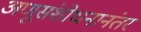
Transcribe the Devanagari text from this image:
अणूसंशोधनानंतर